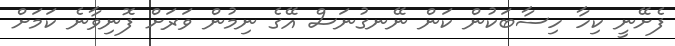
ފެށޭނީ ކިހާ ހިސާބަކުން ކަން ނޭނގުނަސް އޭގެ ނިމުން ވަރަށް ފޮނިވާނެ ކަމަށް